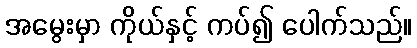
အမွေးမှာ ကိုယ်နှင့် ကပ်၍ ပေါက်သည်။